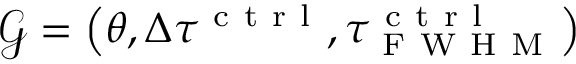
\mathcal { G } = \left( \theta , \Delta \tau ^ { \mathrm { ~ c ~ t ~ r ~ l ~ } } , \tau _ { \mathrm { ~ F ~ W ~ H ~ M ~ } } ^ { \mathrm { ~ c ~ t ~ r ~ l ~ } } \right)